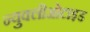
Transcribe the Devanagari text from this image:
न्युक्लीओटाइड